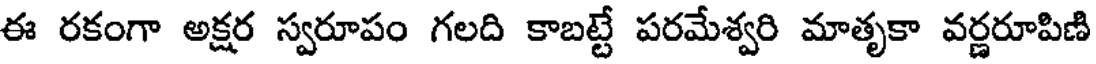
ఈ రకంగా అక్షర స్వరూపం గలది కాబట్టే పరమేశ్వరి మాతృకా వర్ణరూపిణి